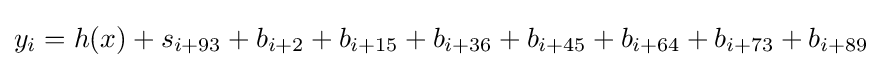
y_{i}=h(x)+s_{i+93}+b_{i+2}+b_{i+15}+b_{i+36}+b_{i+45}+b_{i+64}+b_{i+73}+b_{i+89}